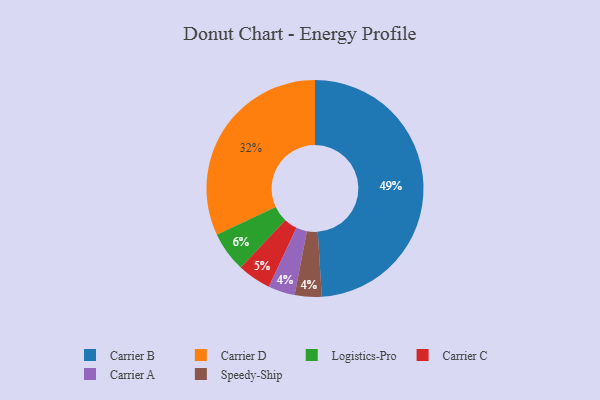
{"axis": {"x": "Category", "y": "Percentage"}, "legend": ["Carrier A", "Carrier B", "Carrier C", "Carrier D", "Logistics-Pro", "Speedy-Ship"], "data": [{"x": "Carrier A", "y": 4, "type": "Carrier A"}, {"x": "Carrier B", "y": 49, "type": "Carrier B"}, {"x": "Logistics-Pro", "y": 6, "type": "Logistics-Pro"}, {"x": "Carrier C", "y": 5, "type": "Carrier C"}, {"x": "Carrier D", "y": 32, "type": "Carrier D"}, {"x": "Speedy-Ship", "y": 4, "type": "Speedy-Ship"}]}